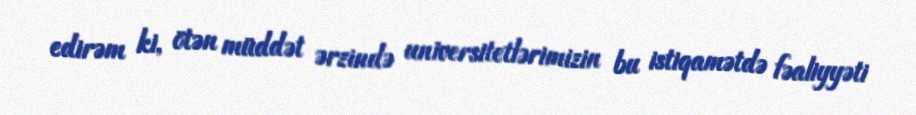
edirəm ki, ötən müddət ərzində universitetlərimizin bu istiqamətdə fəaliyyəti